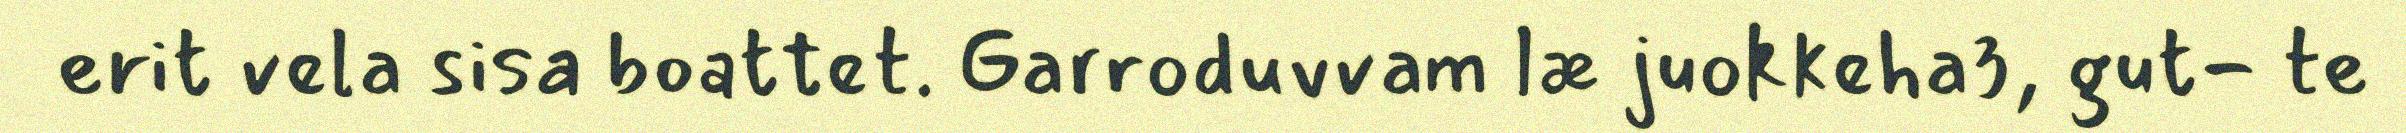
erit vela sisa boattet. Garroduvvam læ juokkeha3, gut- te